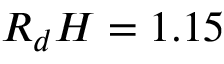
R _ { d } H = 1 . 1 5